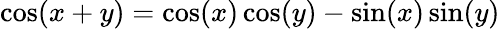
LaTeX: \cos(x+y)=\cos(x)\cos(y)-\sin(x)\sin(y)